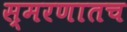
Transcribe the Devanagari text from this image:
स्मरणातच